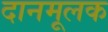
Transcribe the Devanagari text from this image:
दानमूलक